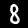
Label: 8